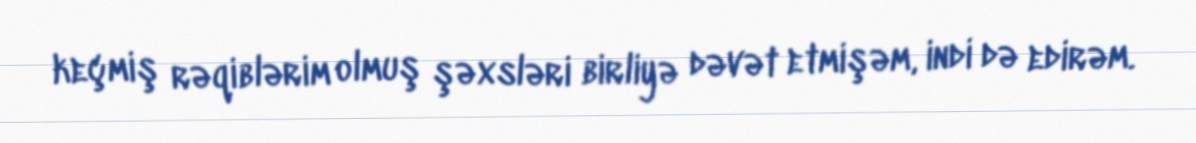
keçmiş rəqiblərim olmuş şəxsləri birliyə dəvət etmişəm, indi də edirəm.